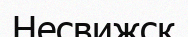
Несвижск